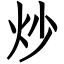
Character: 炒